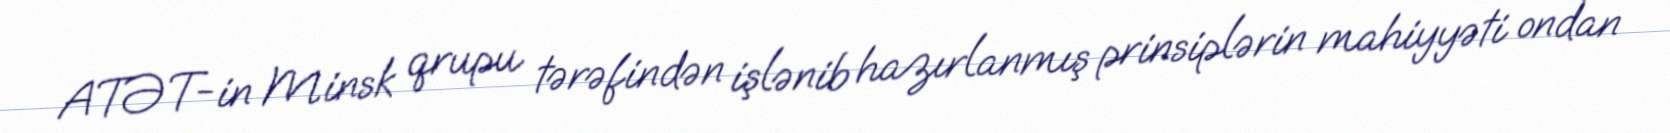
ATƏT-in Minsk qrupu tərəfindən işlənib hazırlanmış prinsiplərin mahiyyəti ondan